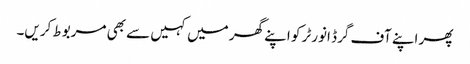
پھر اپنے آف گرڈ انورٹر کو اپنے گھر میں کہیں سے بھی مربوط کریں۔